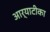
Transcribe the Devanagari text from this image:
आर्याटीका